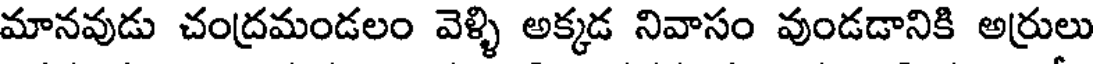
మానవుడు చంద్రమండలం వెళ్ళి అక్కడ నివాసం వుండడానికి అర్రులు